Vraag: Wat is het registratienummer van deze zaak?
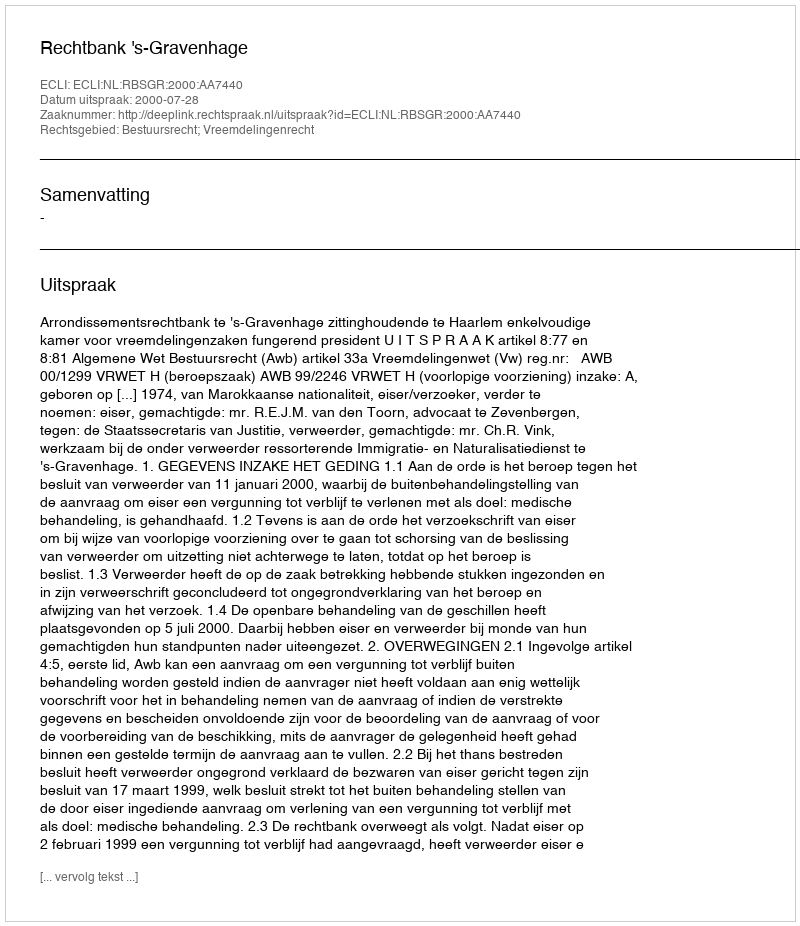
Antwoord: http://deeplink.rechtspraak.nl/uitspraak?id=ECLI:NL:RBSGR:2000:AA7440